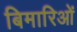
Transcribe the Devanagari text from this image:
बिमारिओं